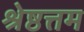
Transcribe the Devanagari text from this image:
श्रेष्ठत्तम